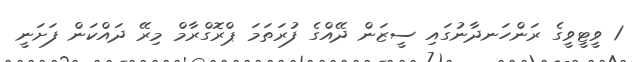
1 ވީޓީވީގެ ރަންހަނދާނުގައި ސީޒަން ދޭއްގެ ފުރަތަމަ ޕްރޮގްރާމް މިރޭ ދައްކަން ފަށަނީ